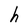
Character: h